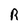
Character: R